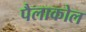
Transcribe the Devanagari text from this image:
पैलाकोल